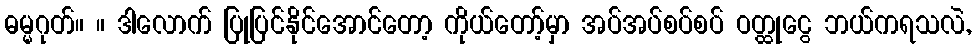
ဓမ္မဂုတ်။ ။ ဒါလောက် ပြုပြင်နိုင်အောင်တော့ ကိုယ်တော့်မှာ အပ်အပ်စပ်စပ် ဝတ္ထုငွေ ဘယ်ကရသလဲ,